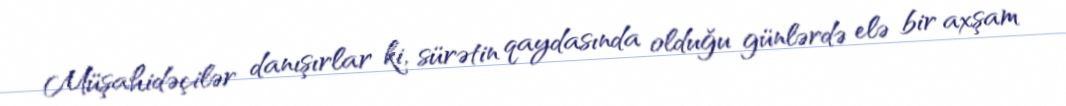
Müşahidəçilər danışırlar ki, sürətin qaydasında olduğu günlərdə elə bir axşam